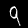
Label: 9